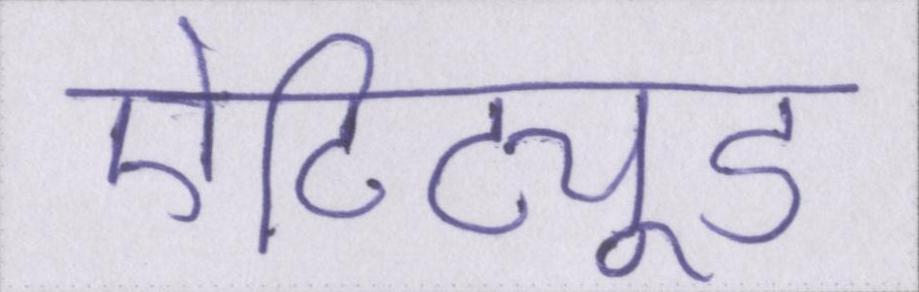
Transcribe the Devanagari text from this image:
ऐटिट्यूड